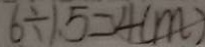
6 \div 1 . 5 = 4 ( m )